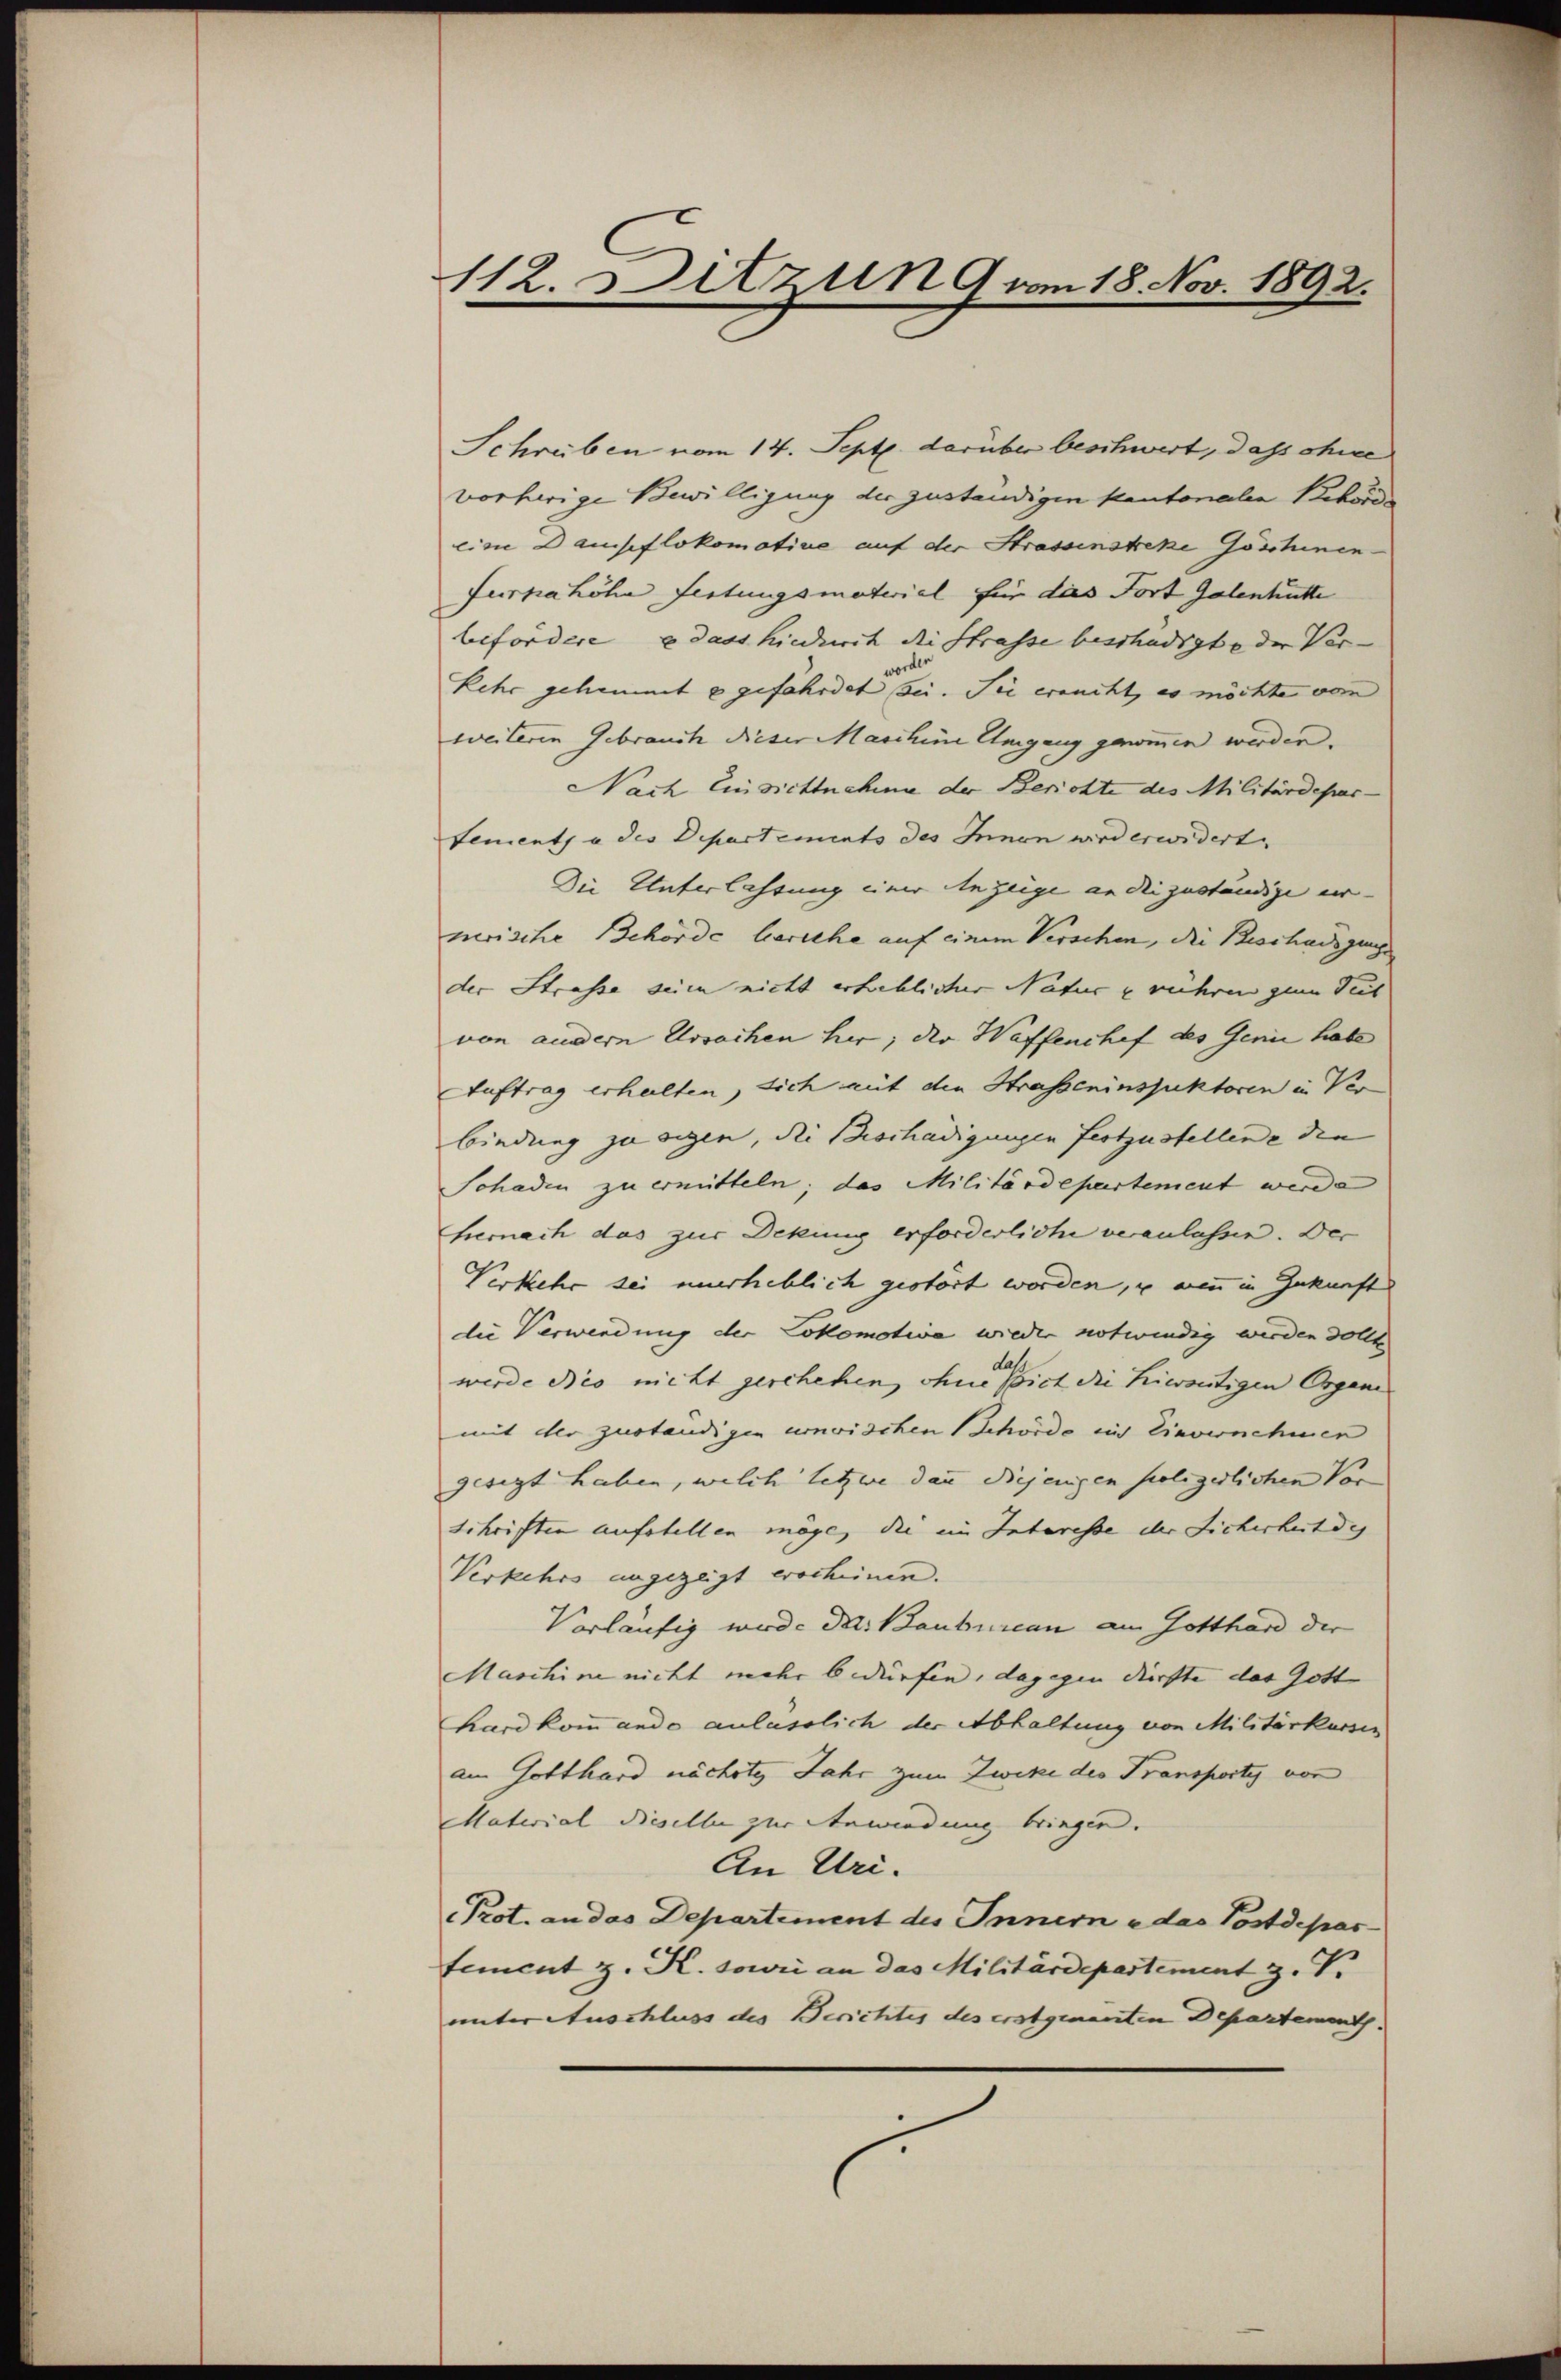
112. Ditzun 9 am 18. Nov. 1892.

Schreiben vom 14. Sept. darüber beschwert, dass ohne
vorherige Bewilligung der zuständigen kantonalen Behörde
eine Dausflokomotive auf der Strassenstreke Göschinen
furka höhe Festungsmaterial für das Fort Gelenhütte
befordere u dass hiedurch die Strasse beschädigte der Ver-
vorder
Kehr gehemmt u gefährdet sei. Sie ersucht, es möchte vom
weiteren Gebrauch dieser Maschine Umgang gewinnen werden.
Nach Einsichtnahme der Berichte des Militärdepar¬
Lements à des Departements des Innen wird erwidert
Die Unterlassung einer Anzeige an der zuständige ur- |
nerische Behörde beriche auf einem Verschen, die Beschädigunge
der Strasse seien nicht erheblicher Natur u rühren zum Teil
von andern Ursachen her, der Waffenchef des Genie habe
Auftrag erhalten, sich mit den Strasseninspuktoren in Ver
bindung zu eigen, die Beschädigungen festzustellene den
Schaden zu ermitteln; das Militärdepartement werde
hernach das zur Deckung erforderliche veranlassen. Der
Verkehr sei unerheblich gestört worden, u wenn in Zukunft
die Verwendung der Lokomotiva wieder notwendig werden dollte
das
werde des nicht geschehen, ohne sich die hierseitigen Organi
mit der zuständigen unwischen Schörde in Einvernehmen
gesigt haben, welch letzte dann diejenigen seeligerlichen Vor
schriften aufstellen möge, die im Interesse der Sicherheit des
Verkehrs angezeigt erscheinen.
Vorläufig wurde das Baubureau am Gotthard der
Maschine nicht mehr bedürfen, dagegen dürfte das Gott
hard kommando anlässlich der Abhaltung von Militärkassen
am Gotthard nächste Jahr zum Zwicke der Transporty von
Material dieselle zur Anwendung bringen.
An Uri.
Prot. an das Departement des Innern e das Postdepar
tement z. K. sowie an das Militärdepartement z. V.
unter Auschluss des Berichtes des erstgenannten Departement.